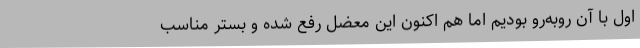
اول با آن روبه‌رو بودیم اما هم اکنون این معضل رفع شده و بستر مناسب